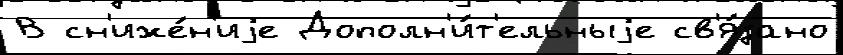
В сн'иже́н'иjе Дополн'и́т'ельныjе св'я́зано